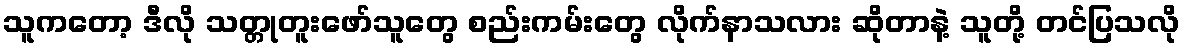
သူကတော့ ဒီလို သတ္တုတူးဖော်သူတွေ စည်းကမ်းတွေ လိုက်နာသလား ဆိုတာနဲ့ သူတို့ တင်ပြသလို